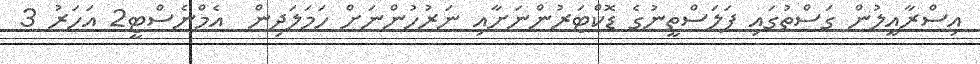
އިސްރާއީލުން ގަސްތުގައި ފަލަސްތީނުގެ ޑޮކްޓަރުންނަށާއި ނަރުހުންނަށް ހަމަލަދިން  އެމްނެސްޓީ2 އަހަރު 3